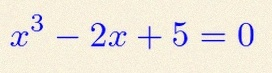
x^3-2x+5=0